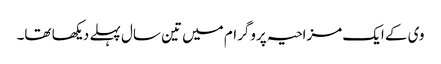
وی کے ایک مزاحیہ پروگرام میں تین سال پہلے دیکھا تھا۔